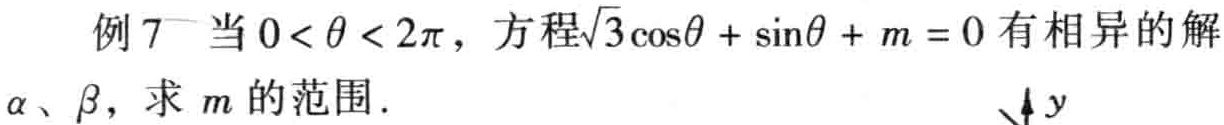
例 7 当 \(0<\theta<2\pi\)，方程\(\sqrt{3}\cos\theta+\sin\theta + m = 0\)有相异的解\(\alpha\)、\(\beta\)，求 \(m\)的范围．